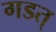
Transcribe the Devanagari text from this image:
गडत्